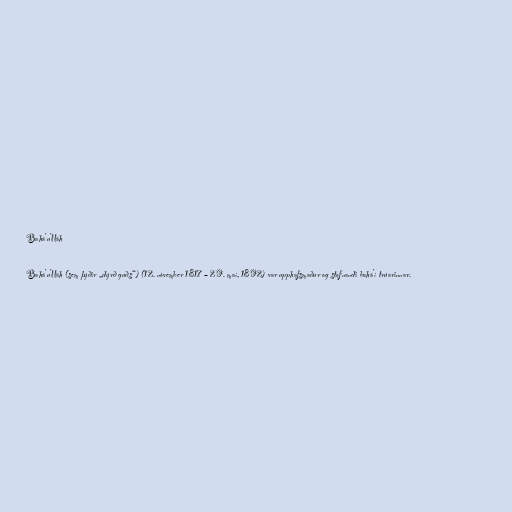
Bahá'u'lláh

Bahá'u'lláh (sem þýðir „dýrð guðs“) (12. nóvember 1817 – 29. maí, 1892) var upphafsmaður og stofnandi bahá'í trúarinnar.